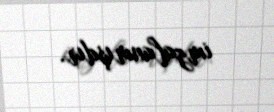
imzalanmışdır.